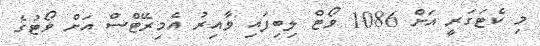
މި ކެޓަގަރީ އަށް 1086 ވޯޓް ލިބިފައި ވާއިރު އެމިރޭޓްސް އަށް ވޯޓުގެ